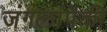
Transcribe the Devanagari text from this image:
जंगलांपैकी